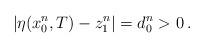
LaTeX: \begin{align*}\left|\eta(x_0^n,T)-z_1^n\right|=d_0^n>0\,.\end{align*}